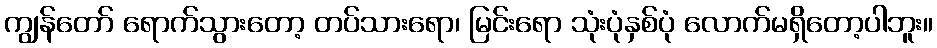
ကျွန်တော် ရောက်သွားတော့ တပ်သားရော၊ မြင်းရော သုံးပုံနှစ်ပုံ လောက်မရှိတော့ပါဘူး။